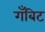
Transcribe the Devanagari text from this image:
गँबिट